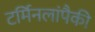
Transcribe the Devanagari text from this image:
टर्मिनलांपैकी